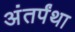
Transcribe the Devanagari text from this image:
अंतर्पंथा